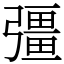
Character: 彊